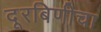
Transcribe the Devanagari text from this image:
दूरबिणीचा